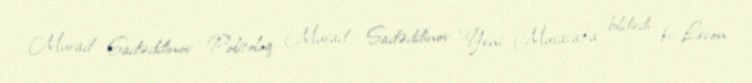
Murad Sadəddinov Politoloq Murad Sadəddinov “Yeni Müsavat”a bildirdi ki, Levon